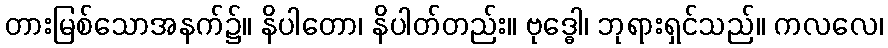
တားမြစ်သောအနက်၌။ နိပါတော၊ နိပါတ်တည်း။ ဗုဒ္ဓေါ၊ ဘုရားရှင်သည်။ ကလလေ၊